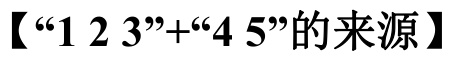
【“1 2 3”+“4 5”的来源】